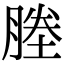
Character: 塍